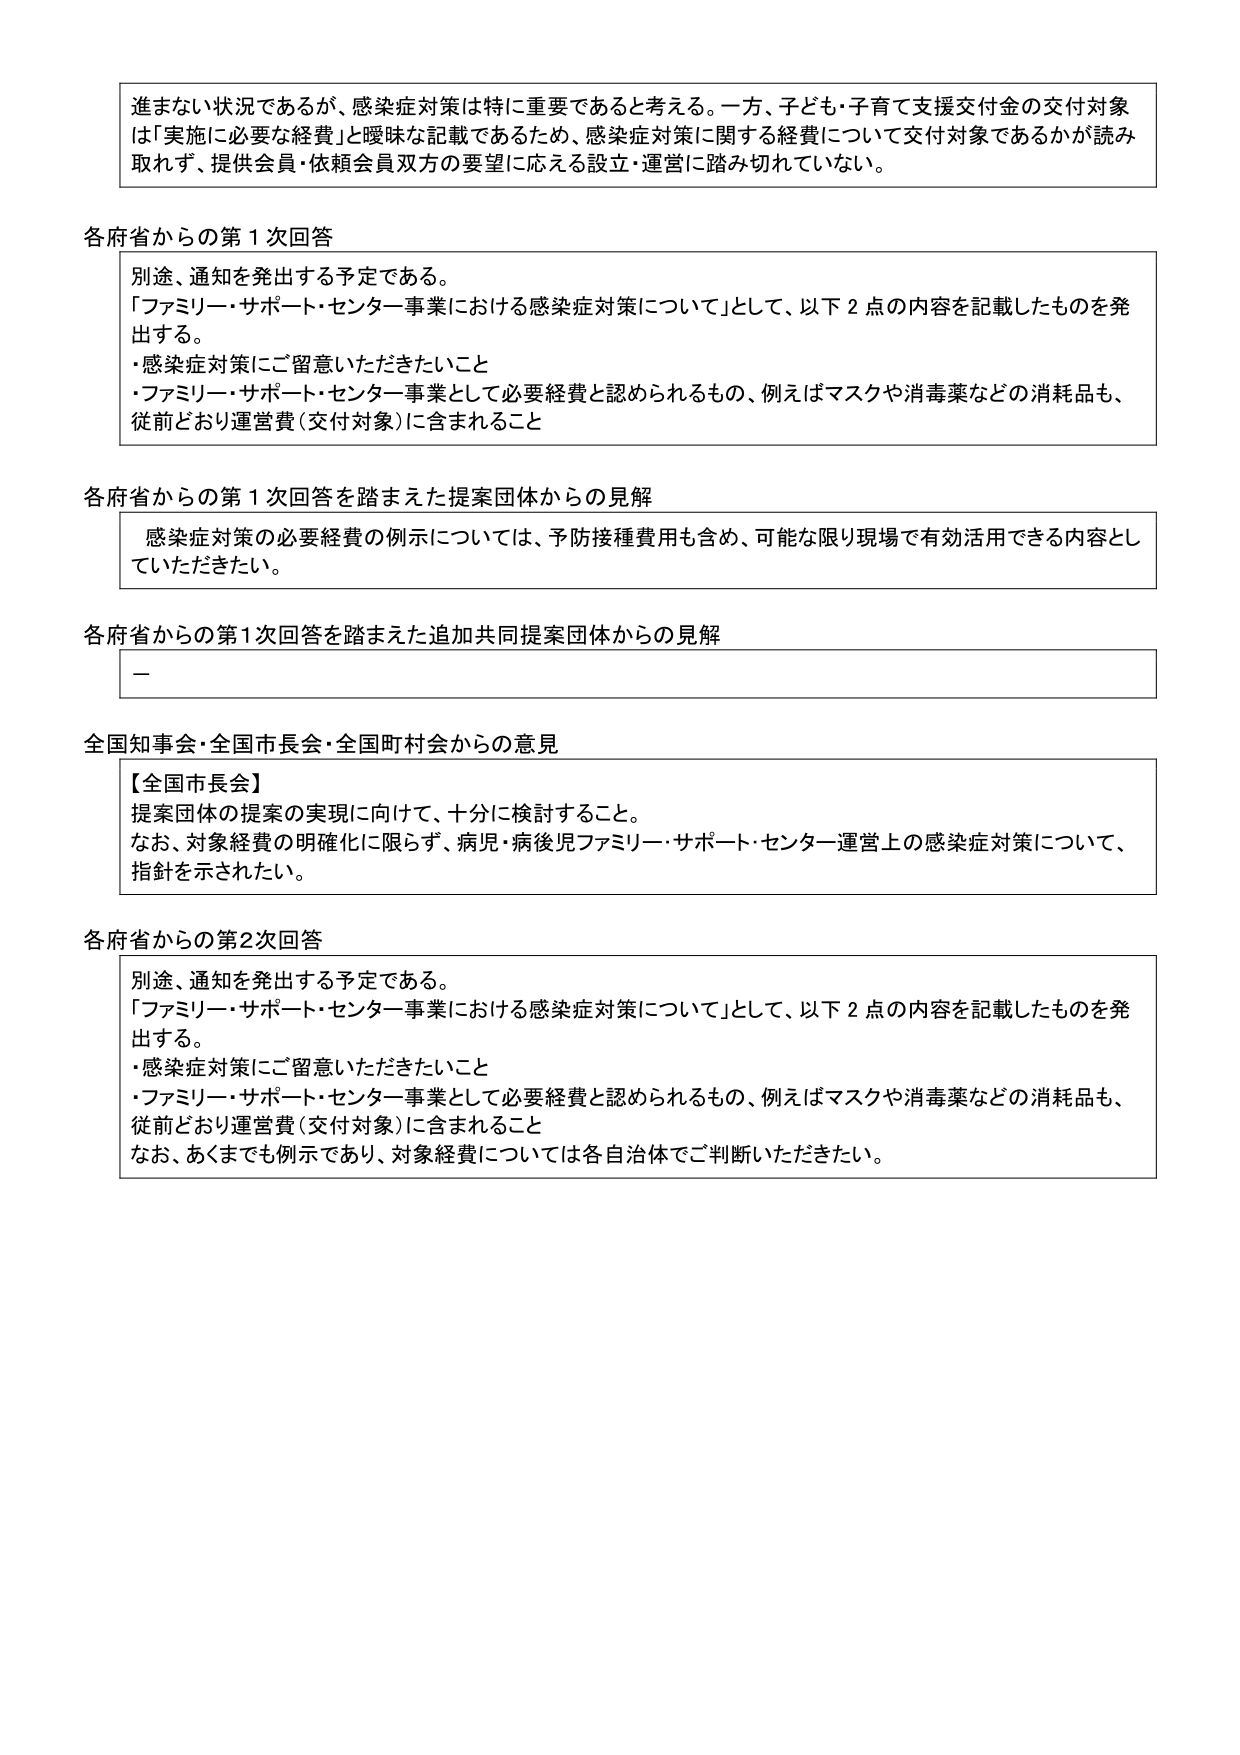
進まない状況であるが、感染症対策は特に重要であると考える。一方、子ども・子育て支援交付金の交付対象は「実施に必要な経費」と曖昧な記載であるため、感染症対策に関する経費について交付対象であるかが読み取れず、提供会員・依頼会員双方の要望に応える設立・運営に踏み切れていない。

各府省からの第1次回答
別途、通知を発出する予定である。
「ファミリー・サポート・センター事業における感染症対策について」として、以下2点の内容を記載したものを発出する。
・感染症対策にご留意いただきたいこと
・ファミリー・サポート・センター事業として必要経費と認められるもの、例えばマスクや消毒薬などの消耗品も、従前どおり運営費（交付対象）に含まれること

各府省からの第1次回答を踏まえた提案団体からの見解
感染症対策の必要経費の例示については、予防接種費用も含め、可能な限り現場で有効活用できる内容としていただきたい。

各府省からの第1次回答を踏まえた追加共同提案団体からの見解
－

全国知事会・全国市長会・全国町村会からの意見
【全国市長会】
提案団体の提案の実現に向けて、十分に検討すること。
なお、対象経費の明確化に限らず、病児・病後児ファミリー・サポート・センター運営上の感染症対策について、指針を示されたい。

各府省からの第2次回答
別途、通知を発出する予定である。
「ファミリー・サポート・センター事業における感染症対策について」として、以下2点の内容を記載したものを発出する。
・感染症対策にご留意いただきたいこと
・ファミリー・サポート・センター事業として必要経費と認められるもの、例えばマスクや消毒薬などの消耗品も、従前どおり運営費（交付対象）に含まれること
なお、あくまでも例示であり、対象経費については各自治体でご判断いただきたい。